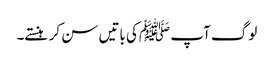
لوگ آپ ﷺکی باتیں سن کر ہنستے۔